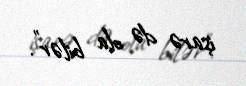
işarə də ola bilər”.